Civil Veterinary Dept. Assam report 1927-50 - 1927-1950
Year: 1927
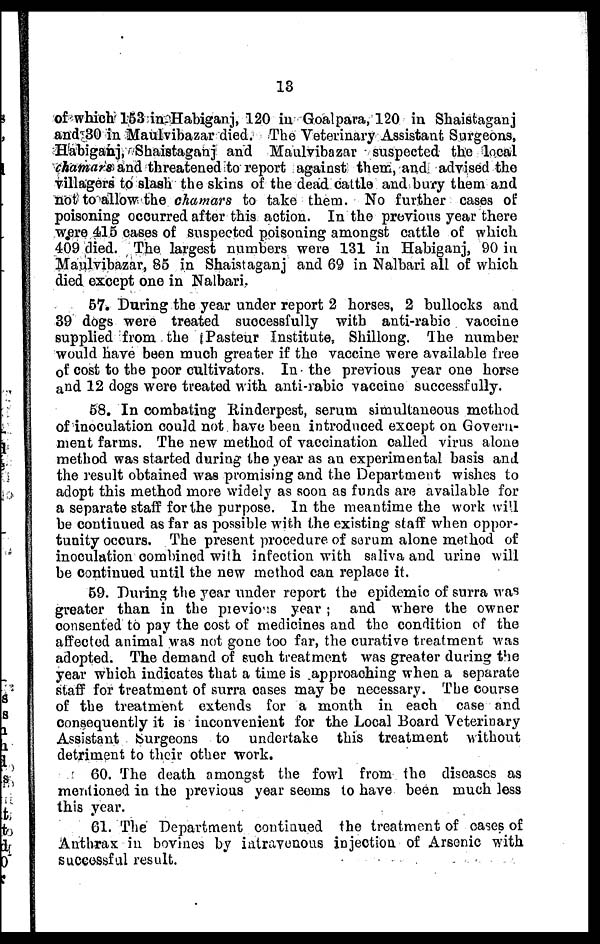
13
of which 153 in Habiganj, 120 in Goal para, 120 in Shaistaganj
and 30 in Maulvibazar died. The Veterinary Assistant Surgeons,
Habiganj, Shaistaganj and Maulvibazar suspected the local
chamars and threatened to report against them, and advised the
villagers to slash the skins of the dead cattle and bury them and
not to allow the chamars to take them. No further cases of
poisoning occurred after this action. In the previous year there
were 415 cases of suspected poisoning amongst cattle of which
409 died. The largest numbers were 131 in Habiganj, 90 in
Maulvibazar, 85 in Shaistaganj and 69 in Nalbari all of which
died except one in Nalbari.
57. During the year under report 2 horses, 2 bullocks and
39 dogs were treated successfully with anti-rabic vaccine
supplied from the Pasteur Institute, Shillong. The number
would have been much greater if the vaccine were available free
of cost to the poor cultivators. In the previous year one horse
and 12 dogs were treated with anti-rabic vaccine successfully.
58. In combating Rinderpest, serum simultaneous method
of inoculation could not have been introduced except on Govern-
ment farms. The new method of vaccination called virus alone
method was started during the year as an experimental basis and
the result obtained was promising and the Department wishes to
adopt this method more widely as soon as funds are available for
a separate staff for the purpose. In the meantime the work will
be continued as far as possible with the existing staff when oppor-
tunity occurs. The present procedure of serum alone method of
inoculation combined wi!h infection with saliva and urine will
be continued until the new method can replace if.
59. During the year under report the epidemic of surra was
greater than in the previous year ; and where the owner
consented to pay the cost of medicines and the condition of the
affected animal was not gone too far, the curative treatment was
adopted. The demand of such treatment was greater during the
year which indicates that a time is approaching when a separate
staff for treatment of surra cases may be necessary. The course
of the treatment extends for a month in each case and
consequently it is inconvenient for the Local Board Veterinary
Assistant burgeons to undertake this treatment without
detriment to their other work.
60. The death amongst the fowl from the diseases as
mentioned in the previous year seems to have been much less
this year.
61. The Department continued the treatment of cases of
Anthrax in bovines by intravenous injection of Arsenic with
successful result.